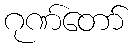
ဂုဏ်တော်